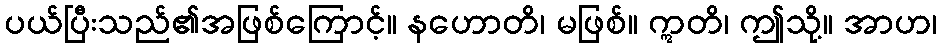
ပယ်ပြီးသည်၏အဖြစ်ကြောင့်။ နဟောတိ၊ မဖြစ်။ ဣတိ၊ ဤသို့။ အာဟ၊